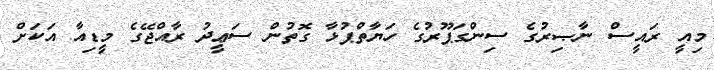
މިއީ ރައީސް ނާޞިރުގެ ސިންގަޕޫރުގެ ހަޔާތްޕުޅާ ގޮތުން ސަޢީދު ރާއްޖޭގެ މީޑިއާ އަކަށް